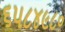
૬૫૮૪૯૮૦